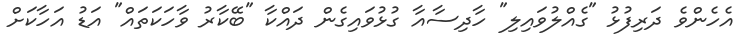
އެހެންވެ ދަރިފުޅު "ގެއްލުވައިލި" ހާދިސާއާ ގުޅުވައިގެން ދައްކާ "ބޭކާރު ވާހަކަތައް" އަޑު އަހާކަށް